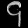
Digit: ၄